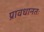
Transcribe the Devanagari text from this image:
प्रावधानतः